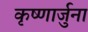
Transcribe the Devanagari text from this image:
कृष्णार्जुना